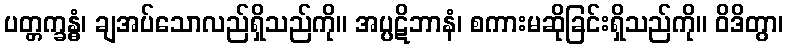
ပတ္တက္ခန္ဓံ၊ ချအပ်သောလည်ရှိသည်ကို။ အပ္ပဋိဘာနံ၊ စကားမဆိုခြင်းရှိသည်ကို။ ဝိဒိတွာ၊